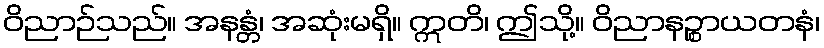
ဝိညာဉ်သည်။ အနန္တံ၊ အဆုံးမရှိ။ ဣတိ၊ ဤသို့။ ဝိညာနဉ္စာယတနံ၊